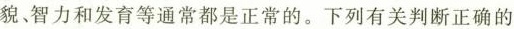
貌、智力和发育等通常都是正常的。下列有关判断正确的